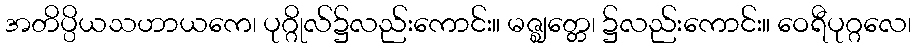
အတိပ္ပိယသဟာယကေ၊ ပုဂ္ဂိုလ်၌လည်းကောင်း။ မဇ္ဈတ္တေ၊ ၌လည်းကောင်း။ ဝေရီပုဂ္ဂလေ၊